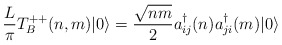
\begin{align*}\frac{L}{\pi}T^{++}_B(n,m) | 0 \rangle = {\sqrt{n m} \over 2} a^\dagger_{ij}(n) a^\dagger_{ji} (m)| 0\rangle\end{align*}